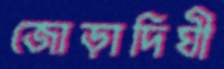
জোড়াদিঘী